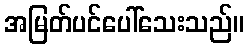
အမြတ်ပင်ပေါ်သေးသည်။